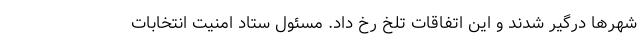
شهر‌ها درگیر شدند و این اتفاقات تلخ رخ داد. مسئول ستاد امنیت انتخابات